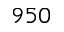
9 5 0